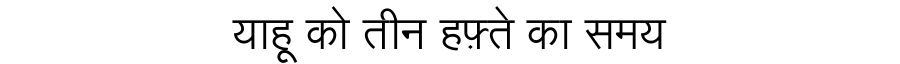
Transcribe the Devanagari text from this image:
याहू को तीन हफ़्ते का समय